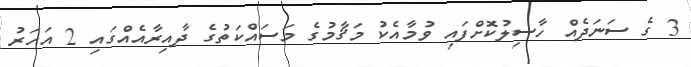
3 ގެ ސަނަދެއް ހާސިލުކޮށްފައި ވުމާއެކު މަޤާމުގެ މަސައްކަތުގެ ދާއިރާއެއްގައި 2 އަހަރު